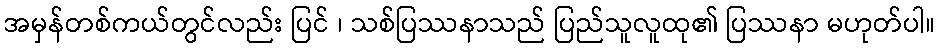
အမှန်တစ်ကယ်တွင်လည်း ပြင် ၊ သစ်ပြဿနာသည် ပြည်သူလူထု၏ ပြဿနာ မဟုတ်ပါ။